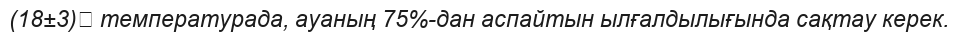
(18±3)℃ температурада, ауаның 75%-дан аспайтын ылғалдылығында сақтау керек.